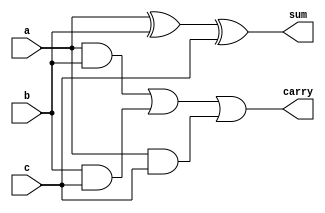
module fa(a,b,c,sum,carry);
  input  a,b,c;
  output sum,carry;

  assign sum = a^b^c;
  assign carry = (a&b)|(b&c)|(a&c);
endmodule

module mux(input s,i0,i1, output reg y);
  always@(*)
    begin
    if(s == 1)
      y = i1;
    else
      y = i0;
    end
endmodule

module process_unit(a,b,cin,sum,sel,cout,muxout);
  input a,b,cin,sel;
  output cout,muxout;
  output sum;

  fa FA1(.a(a),.b(~b),.c(cin),.sum(sum),.carry(cout));
  mux MX(.s(sel),.i0(sum),.i1(a),.y(muxout));

endmodule

module bit4_divider(A,B,Q,R);
  input [3:0]A,B;
  output [3:0]Q,R;
  wire w1,w2,w3,w4;
  wire d1,d2,d3,d4,d5,d6,d7,d8,d9,d10,d11,d12;
  wire y1,y2,y3,y4,y5,y6,y7,y8,y9,y10,y11,y12,y13,y14,y15,y16;
  wire [11:0]op;


  process_unit PU0(A[3],B[0],1'b1,d1,w1,y1,op[0]);
  process_unit PU1(1'b0,B[1],y1,d2,w1,y2,op[1]);
  process_unit PU2(1'b0,B[2],y2,d3,w1,y3,op[2]);
  process_unit PU3(1'b0,B[3],y3,w1,w1,y4,op[3]);

  assign Q[3]=~w1;


  process_unit PU4(A[2],B[0],1'b1,d4,w2,y5,op[4]);
  process_unit PU5(op[0],B[1],y5,d5,w2,y6,op[5]);
  process_unit PU6(op[1],B[2],y6,d6,w2,y7,op[6]);
  process_unit PU7(op[2],B[3],y7,w2,w2,y8,op[7]);

  assign Q[2]=~w2;


  process_unit PU8(A[1],B[0],1'b1,d7,w3,y9,op[8]);
  process_unit PU9(op[4],B[1],y9,d8,w3,y10,op[9]);
  process_unit PU10(op[5],B[2],y10,d9,w3,y11,op[10]);
  process_unit P11(op[6],B[3],y11,w3,w3,y12,op[11]);

  assign Q[1]=~w3;


  process_unit PU12(A[0],B[0],1'b1,d10,w4,y13,R[0]);
  process_unit PU13(op[8],B[1],y13,d11,w4,y14,R[1]);
  process_unit PU14(op[9],B[2],y14,d12,w4,y15,R[2]);
  process_unit PU15(op[10],B[3],y15,w4,w4,y16,R[3]);

  assign Q[0]=~w4;


endmodule